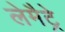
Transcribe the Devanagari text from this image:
लेमैट्रे